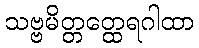
သဗ္ဗမိတ္တတ္ထေရဂါထာ